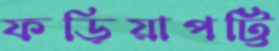
ফড়িয়াপট্টি